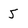
Character: 5